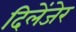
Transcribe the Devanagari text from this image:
दिलेंजेर